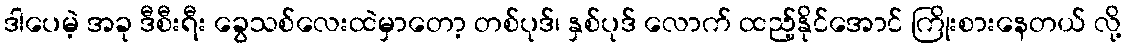
ဒါပေမဲ့ အခု ဒီစီးရီး ခွေသစ်လေးထဲမှာတော့ တစ်ပုဒ်၊ နှစ်ပုဒ် လောက် ထည့်နိုင်အောင် ကြိုးစားနေတယ် လို့